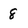
Character: 8